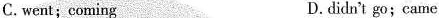
C.went; coming D.didn't go;came